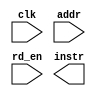
module IM(clk,addr,rd_en,instr);

input clk;
input [15:0] addr;
input rd_en;			// asserted when instruction read desired

output reg [15:0] instr;	//output of insturction memory

endmodule